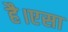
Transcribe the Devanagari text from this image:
है।एसा